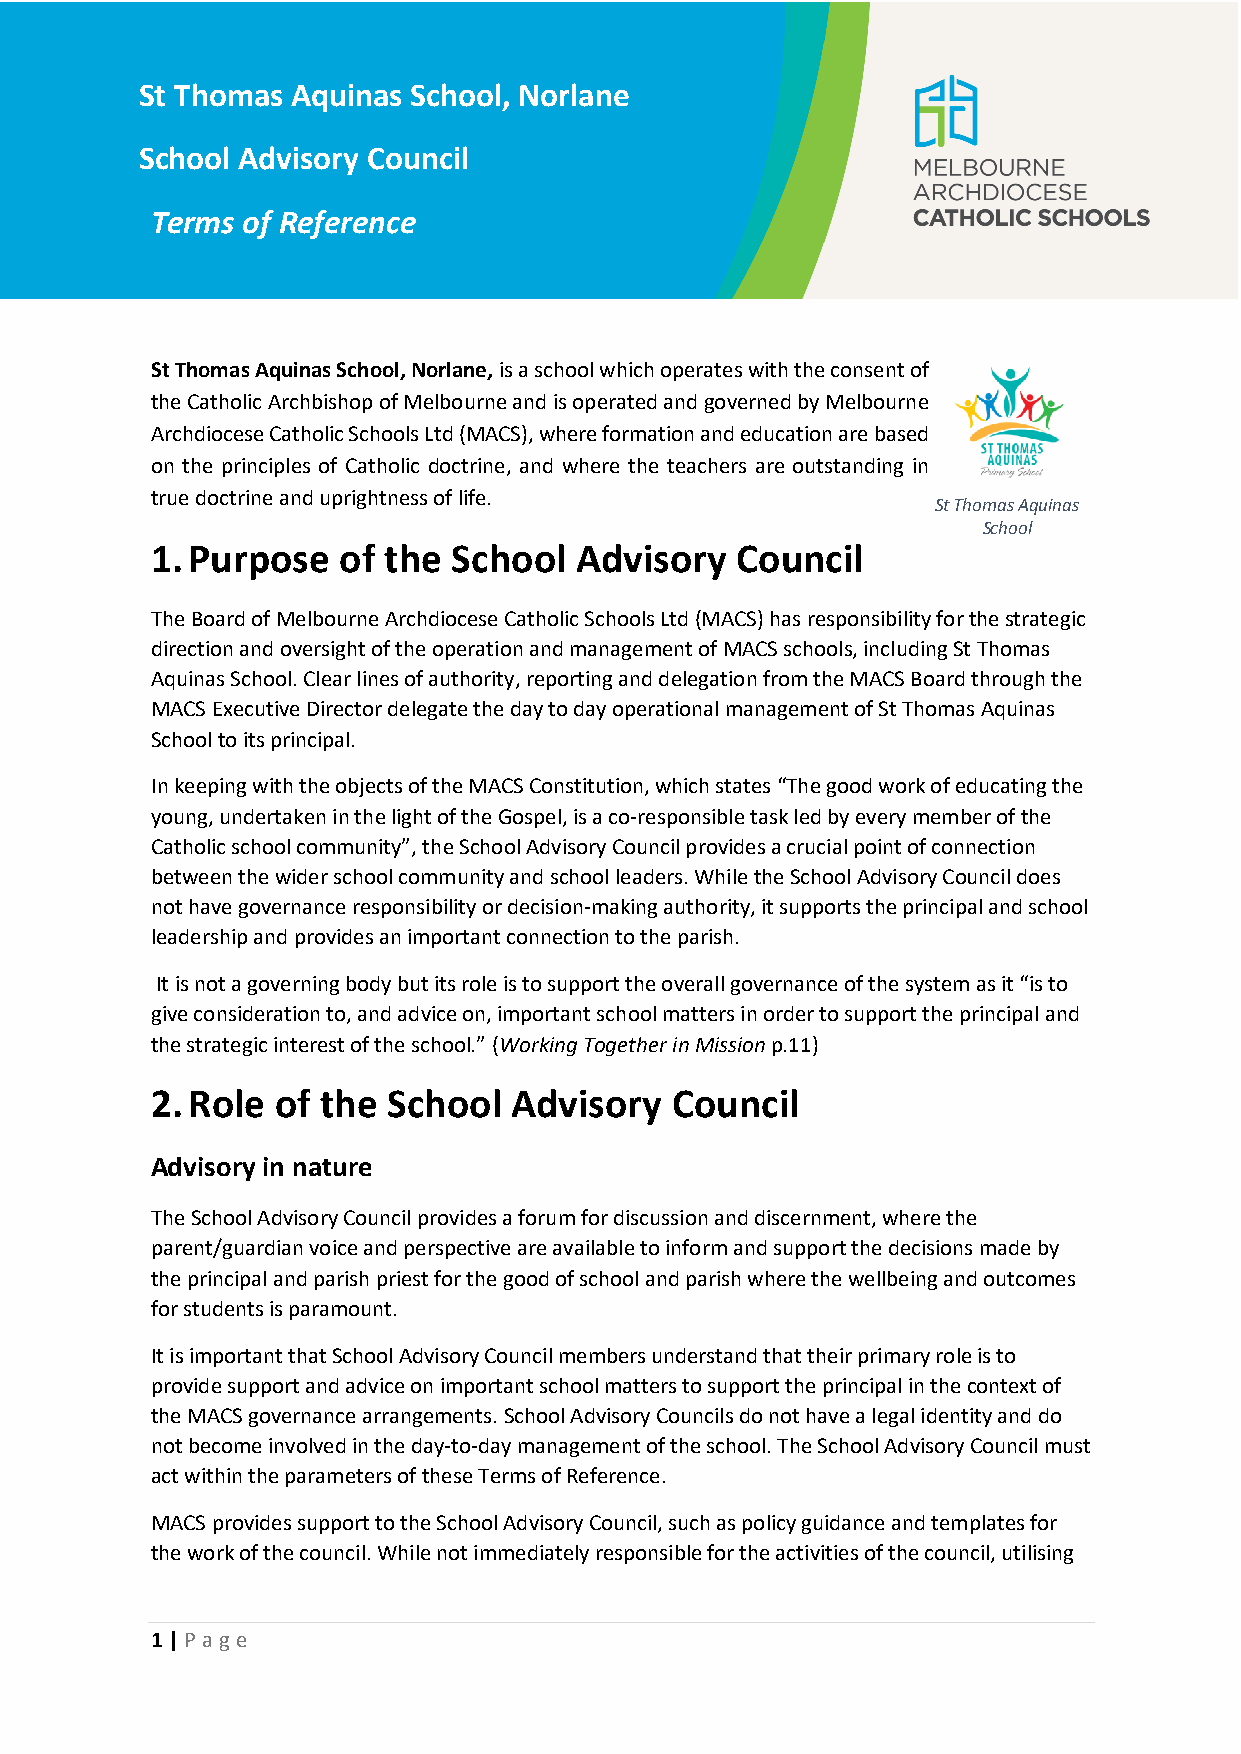
St Thomas Aquinas School, Norlane
 School Advisory Council
 Terms of Reference
 St Thomas Aquinas School, Norlane, is a school which operates with the consent of
 the Catholic Archbishop of Melbourne and is operated and governed by Melbourne
 Archdiocese Catholic Schools Ltd (MACS), where formation and education are based
 on the principles of Catholic doctrine, and where the teachers are outstanding in
 true doctrine and uprightness of life.
 St Thomas Aquinas
 School
 1. Purpose  of the  School  Advisory   Council
 The Board of Melbourne Archdiocese Catholic Schools Ltd (MACS) has responsibility for the strategic
 direction and oversight of the operation and management of MACS schools, including St Thomas
 Aquinas School. Clear lines of authority, reporting and delegation from the MACS Board through the
 MACS Executive Director delegate the day to day operational management of St Thomas Aquinas
 School to its principal.
 In keeping with the objects of the MACS Constitution, which states “The good work of educating the
 young, undertaken in the light of the Gospel, is a co-responsible task led by every member of the
 Catholic school community”, the School Advisory Council provides a crucial point of connection
 between the wider school community and school leaders. While the School Advisory Council does
 not have governance responsibility or decision-making authority, it supports the principal and school
 leadership and provides an important connection to the parish.
 It is not a governing body but its role is to support the overall governance of the system as it “is to
 give consideration to, and advice on, important school matters in order to support the principal and
 the strategic interest of the school.” (Working Together in Mission p.11)
 2. Role of the  School  Advisory  Council
 Advisory in nature
 The School Advisory Council provides a forum for discussion and discernment, where the
 parent/guardian voice and perspective are available to inform and support the decisions made by
 the principal and parish priest for the good of school and parish where the wellbeing and outcomes
 for students is paramount.
 It is important that School Advisory Council members understand that their primary role is to
 provide support and advice on important school matters to support the principal in the context of
 the MACS governance arrangements. School Advisory Councils do not have a legal identity and do
 not become involved in the day-to-day management of the school. The School Advisory Council must
 act within the parameters of these Terms of Reference.
 MACS provides support to the School Advisory Council, such as policy guidance and templates for
 the work of the council. While not immediately responsible for the activities of the council, utilising
 1 | Page